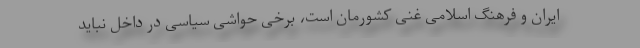
ایران و فرهنگ اسلامی غنی کشورمان است، برخی حواشی سیاسی در داخل نباید